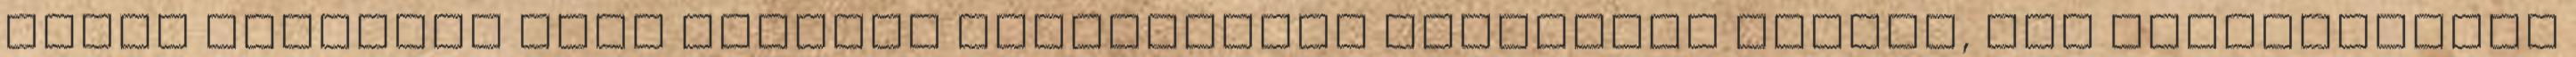
saját szemével Ahol naponta keletkeznek különféle iratok, ott folyamatosan